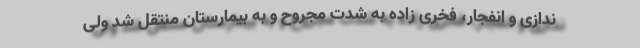
ندازی‌ و انفجار، فخری زاده به شدت مجروح و به بیمارستان منتقل شد ولی